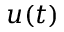
u ( t )